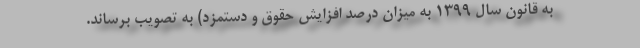
به قانون سال ۱۳۹۹ به میزان درصد افزایش حقوق و دستمزد) به تصویب برساند.